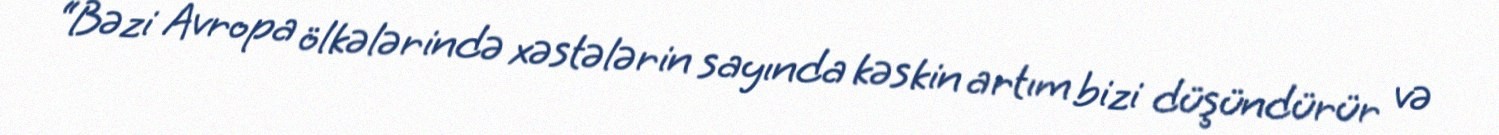
“Bəzi Avropa ölkələrində xəstələrin sayında kəskin artım bizi düşündürür və